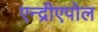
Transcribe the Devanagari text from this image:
एन्द्रीएपोल